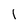
Character: l